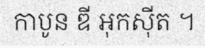
កាបូន ឌី អុកស៊ីត ។